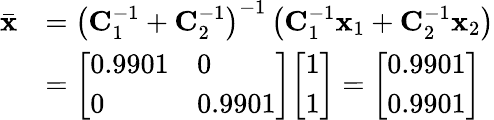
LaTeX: {\begin{array}{rl}{{\bar{\mathbf{x}}}}&{=\left(\mathbf{C}_{1}^{-1}+\mathbf{C}_{2}^{-1}\right)^{-1}\left(\mathbf{C}_{1}^{-1}\mathbf{x}_{1}+\mathbf{C}_{2}^{-1}\mathbf{x}_{2}\right)}\\ &{={\left[\begin{array}{ll}{0.9901}&{0}\\ {0}&{0.9901}\end{array}\right]}{\left[\begin{array}{l}{1}\\ {1}\end{array}\right]}={\left[\begin{array}{l}{0.9901}\\ {0.9901}\end{array}\right]}}\end{array}}